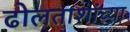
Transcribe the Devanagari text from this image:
ढोलताशांच्या